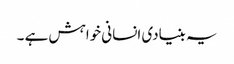
یہ بنیادی انسانی خواہش ہے ۔